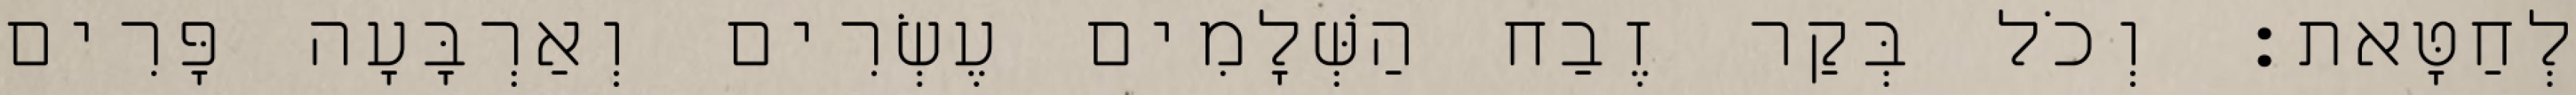
לְחַטָּאת׃ וְכֹל בְּקַר זֶבַח הַשְּׁלָמִים עֶשְׂרִים וְאַרְבָּעָה פָּרִים